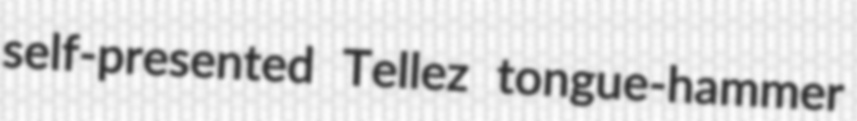
self-presented Tellez tongue-hammer